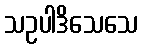
သဥပါဒိသေသေ